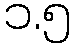
၁.၅